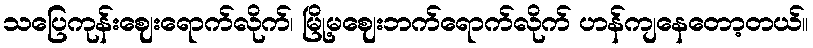
သပြေကုန်းဈေးရောက်လိုက်၊ မြို့မဈေးဘက်ရောက်လိုက် ဟန်ကျနေတော့တယ်။